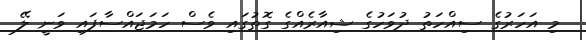
މި އަހަރުގެ ސިއްހަތު ދުވަހުގެ ޝިއާރެއްގެ ގޮތުގައި ވެސް ހަމަޖައްސާފައި ވަނީ ލޭ